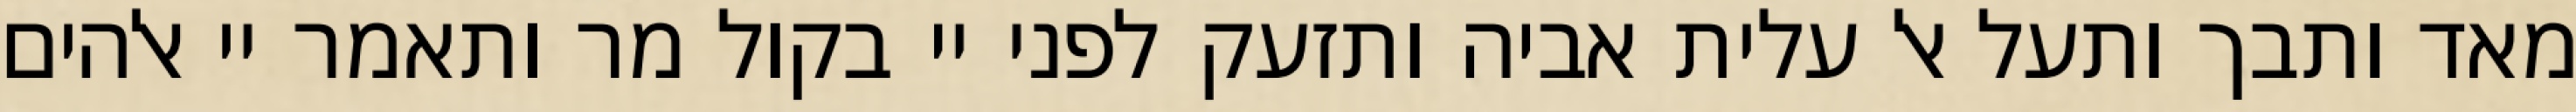
מאד ותבך ותעל אל עלית אביה ותזעק לפני יי בקול מר ותאמר יי אלהים